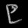
Digit: ၉